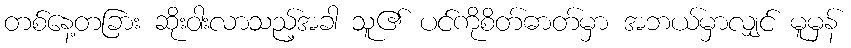
တစ်နေ့တခြား ဆိုးဝါးလာသည့်အခါ သူ၏ ပင်ကိုစိတ်ဓာတ်မှာ အဘယ်မှာလျှင် မူမှန်